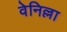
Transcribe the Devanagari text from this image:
वेनिल्ला